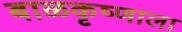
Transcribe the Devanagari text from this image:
बाळकृष्णाला